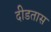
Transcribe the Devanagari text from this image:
दीडतास